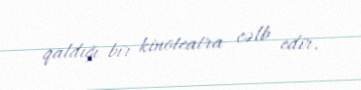
qaldığı bir kinoteatra cəlb edir.